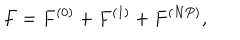
LaTeX: F = F ^ { ( 0 ) } + F ^ { ( 1 ) } + F ^ { ( N P ) } ,